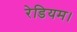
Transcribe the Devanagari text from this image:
रेडियम।